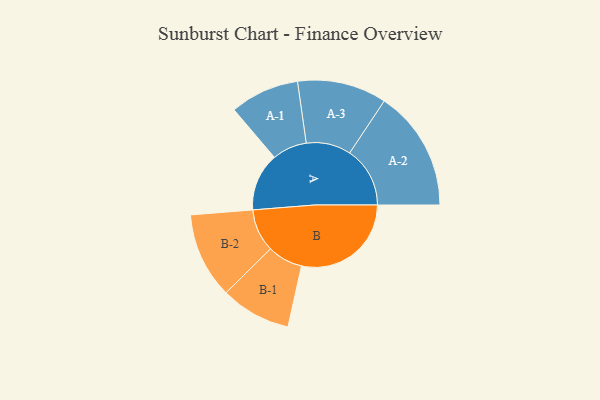
{"axis": {"x": "Segment", "y": "Value"}, "legend": ["", "A", "B"], "data": [{"x": "A", "y": 196, "type": ""}, {"x": "B", "y": 371, "type": ""}, {"x": "A-1", "y": 117, "type": "A"}, {"x": "A-2", "y": 204, "type": "A"}, {"x": "A-3", "y": 151, "type": "A"}, {"x": "B-1", "y": 119, "type": "B"}, {"x": "B-2", "y": 145, "type": "B"}]}